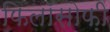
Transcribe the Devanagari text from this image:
फिलॉसोफ़ी